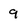
Character: 9